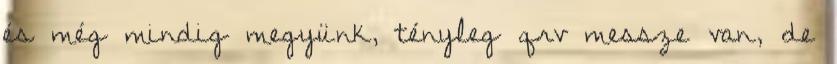
és még mindig megyünk, tényleg qrv messze van, de